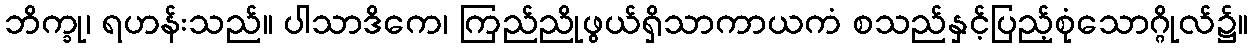
ဘိက္ခု၊ ရဟန်းသည်။ ပါသာဒိကေ၊ ကြည်ညိုဖွယ်ရှိသာကာယကံ စသည်နှင့်ပြည့်စုံသောဂ္ဂိုလ်၌။